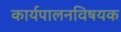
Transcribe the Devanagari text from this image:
कार्यपालनविषयक